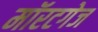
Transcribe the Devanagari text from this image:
मॉरटगेज